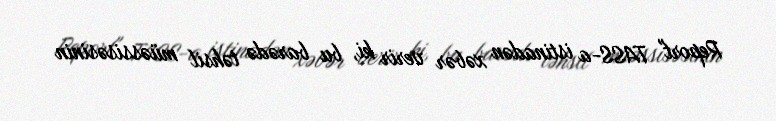
Report" TASS-a istinadən xəbər verir ki, bu barədə təhsil müəssisəsinin